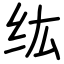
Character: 纮